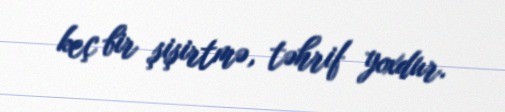
keç bir şişirtmə, təhrif yoxdur.